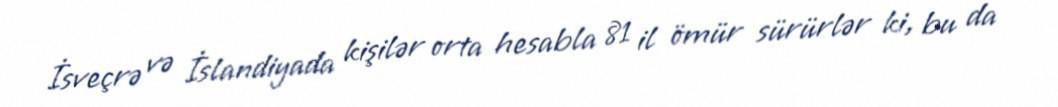
İsveçrə və İslandiyada kişilər orta hesabla 81 il ömür sürürlər ki, bu da